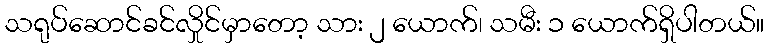
သရုပ်ဆောင်ခင်လှိုင်မှာတော့ သား ၂ ယောက်၊ သမီး ၁ ယောက်ရှိပါတယ်။